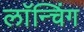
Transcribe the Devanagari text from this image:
लाॅन्चिंग